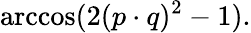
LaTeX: \operatorname{arccos}(2(p\cdot q)^{2}-1).